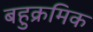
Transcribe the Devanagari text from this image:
बहुक्रमिक